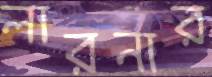
লারনার